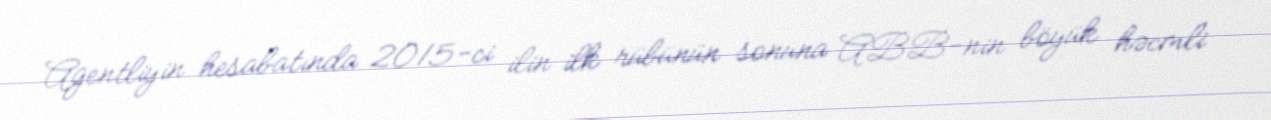
Agentliyin hesabatında 2015-ci ilin ilk rübünün sonuna ABB-nin böyük həcmli